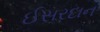
ઈસરદાન